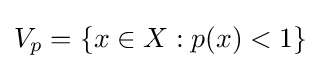
V_{p}=\{x\in X:p(x)<1\}